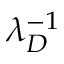
\lambda _ { D } ^ { - 1 }